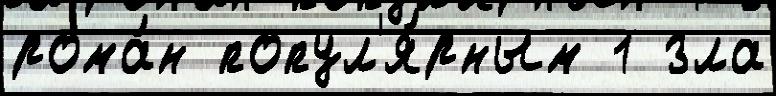
рома́н попул'я́рным 1 зла